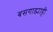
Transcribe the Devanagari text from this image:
बसगाड्याही